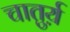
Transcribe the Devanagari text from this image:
चातुर्य़